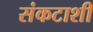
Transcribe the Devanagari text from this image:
संकटाशी